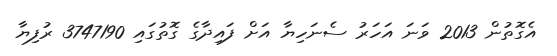
އެގޮތުން 2013 ވަނަ އަހަރު ސެނަހިޔާ އަށް ފައިދާގެ ގޮތުގައި 3747190 ރުފިޔާ